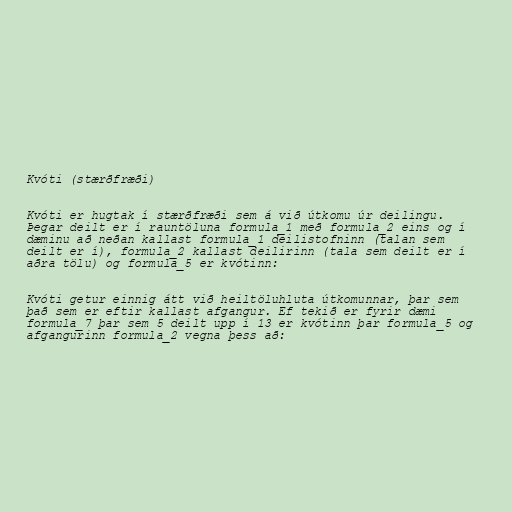
Kvóti (stærðfræði)

Kvóti er hugtak í stærðfræði sem á við útkomu úr deilingu.
Þegar deilt er í rauntöluna formula_1 með formula_2 eins og í
dæminu að neðan kallast formula_1 deilistofninn (talan sem
deilt er í), formula_2 kallast deilirinn (tala sem deilt er í
aðra tölu) og formula_5 er kvótinn:

Kvóti getur einnig átt við heiltöluhluta útkomunnar, þar sem
það sem er eftir kallast afgangur. Ef tekið er fyrir dæmi
formula_7 þar sem 5 deilt upp í 13 er kvótinn þar formula_5 og
afgangurinn formula_2 vegna þess að: